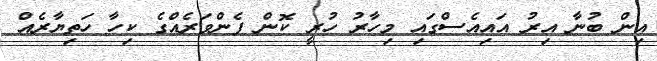
އިން ބުނާ އިރު އައިއެސްގައި މިހާރު ހުރީ ކޮން ފެންވަރެއްގެ ކިހާ ހަތިޔާރެއް